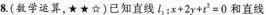
8.(数学运算，★★☆)已知直线$$l_{2}：x+2y+t^{2}=0$$和直线